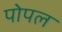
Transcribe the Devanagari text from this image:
पोपल